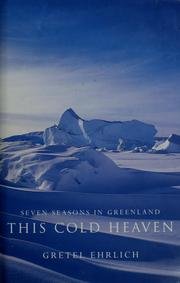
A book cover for Seven Seasons in Greenland - This Cold Heaven; Gretel Ehrlich; Travel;